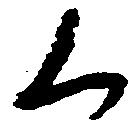
く